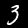
Label: 3